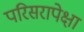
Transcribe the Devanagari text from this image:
परिसरापेक्षा